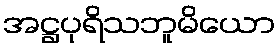
အဋ္ဌပုရိသဘူမိယော